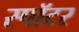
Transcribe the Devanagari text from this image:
स्पॉटर